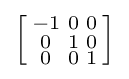
\left[{\begin{smallmatrix}-1&0&0\\0&1&0\\0&0&1\end{smallmatrix}}\right]